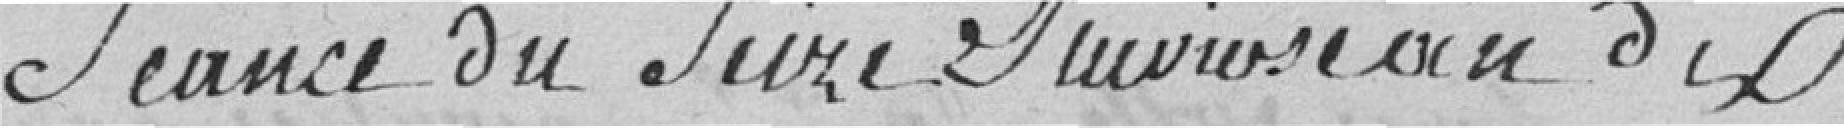
Séance du Seize Pluviose an dix